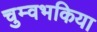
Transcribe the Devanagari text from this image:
चुम्वभकिया